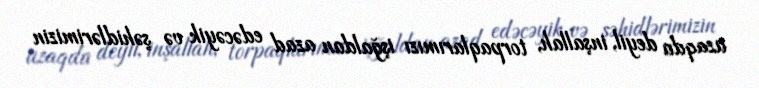
uzaqda deyil, inşallah, torpaqlarımızı işğaldan azad edəcəyik və şəhidlərimizin